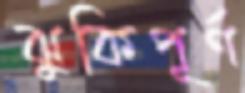
ঝুকিপূর্ণ